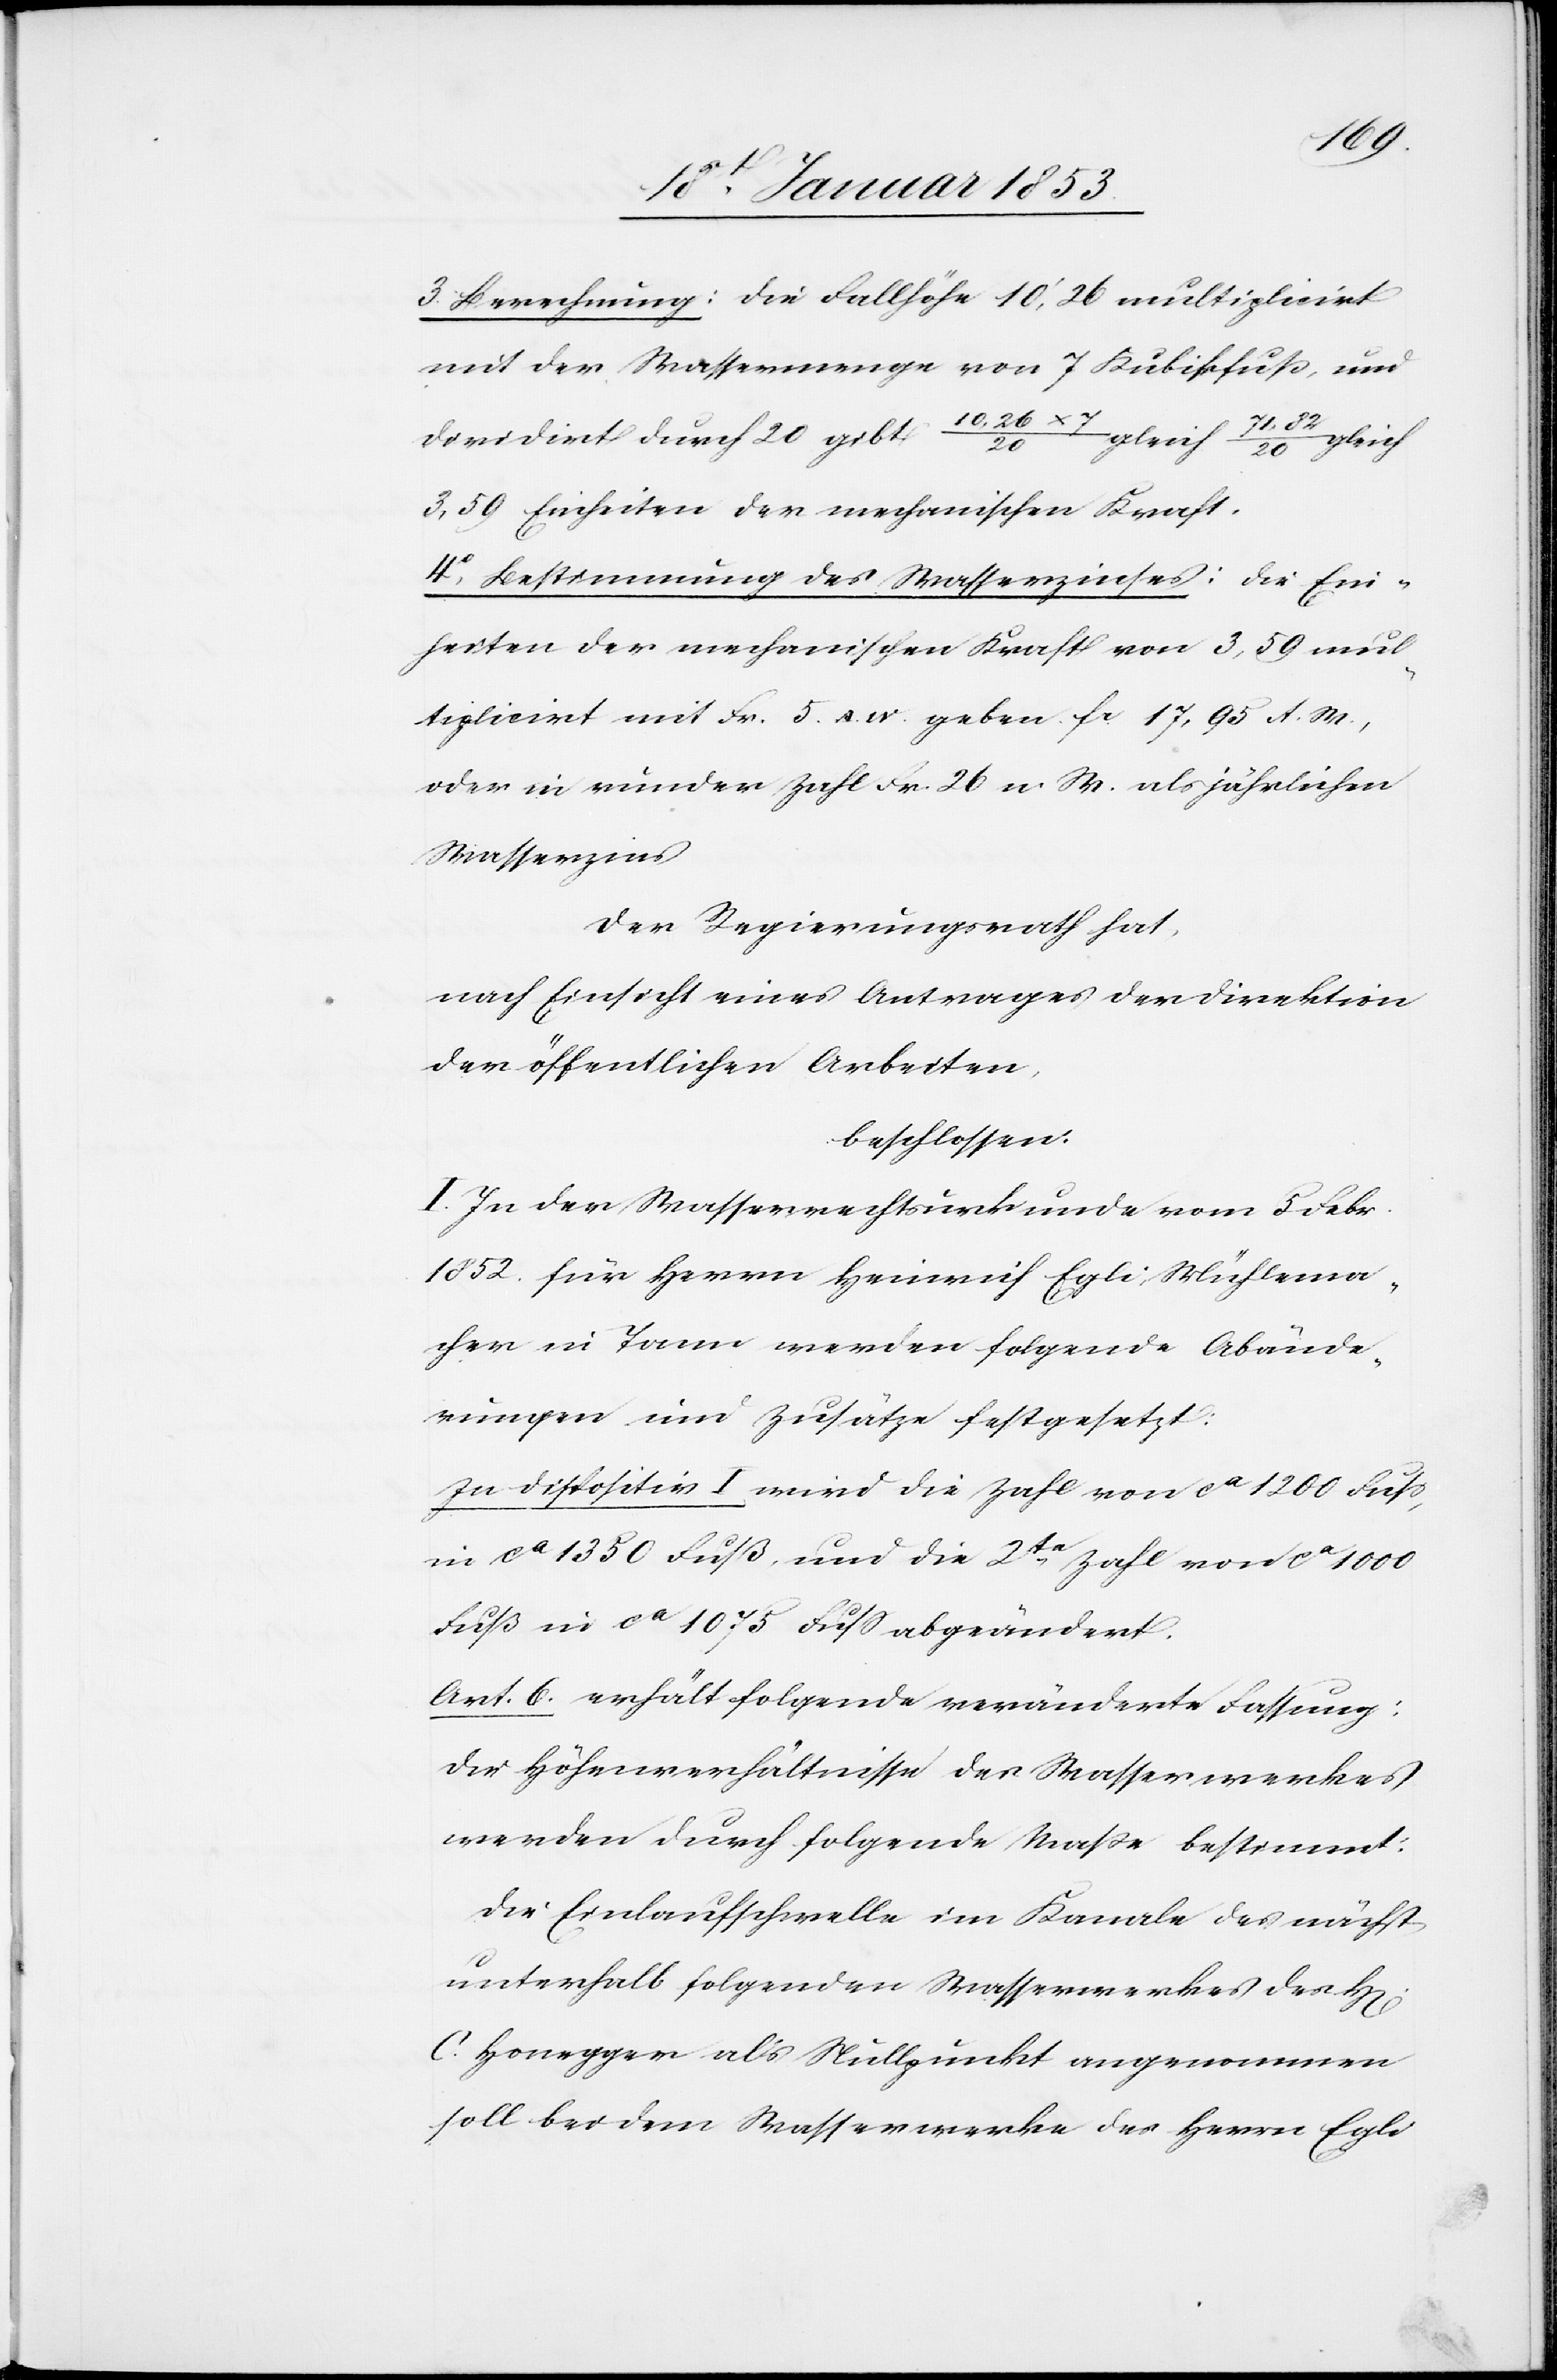
3.° Berechnung: die Fallhöhe 10’, 26 multiplizirt
mit der Wassermenge von 7 Kubikfuß, und
dividirt durch 20 gibt (10,26 x 7/20) gleich
gleich
rren]
3,50 Einheiten der mechanischen Kraft.
4.° Bestimmung des Wasserzinses: die Ein¬
heiten der mechanischen Kraft von 3, 59 mul¬
tiplizirt mit Fr. 5. A. W. geben fr. 17, 95 A. W.,
oder in runder Zahl Fr. 26 n. W. als jährlichen
Wasserzins
der Regierungsrath hat,
nach Einsicht eines Antrages der Direktion
der öffentlichen Arbeiten,
beschlossen:
I. In der Wasserzinsurkunde vom 5. Febr.
1852 für Herrn Heinrich Egli Mühlema¬
cher in Tann werden folgende Abände¬
rungen und Zusätze festgesetzt:
Zu dispositiv I. wird die Zahl von ca 1200 Fuß,
in ca 1350 Fuß, und die 2te. Zahl von ca 1000
Fuß in ca 1075 Fuß abgeändert.
Art. 6. erhält folgende veränderte Fassung:
Die Höhenverhältnisse des Wasserwerkes
werden durch folgende Masse bestimmt:
Die Einlaufschwelle im Kanale des nächsten
unterhalb folgenden Wasserwerkes des H[e¬
C. Honegger als Nullpunkt angenommen
soll bei dem Wasserwerke des Herrn Egli